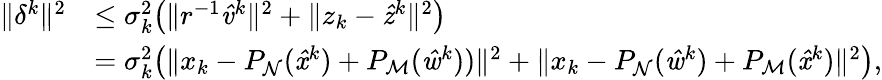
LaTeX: \begin{array}{rl}{\| \delta^{k}\| ^{2}}&{\leq\sigma_{k}^{2}\big(\| r^{-1}\mathit{\hat{v}}^{k}\| ^{2}+\| z_{k}-\mathit{\hat{z}}^{k}\| ^{2}\big)}\\ &{=\sigma_{k}^{2}\big(\| x_{k}-P_{\mathrm{\mathcal{N}}}(\mathit{\hat{x}}^{k})+P_{\mathrm{\mathcal{M}}}(\mathit{\hat{w}}^{k}))\| ^{2}+\| x_{k}-P_{\mathrm{\mathcal{N}}}(\mathit{\hat{w}}^{k})+P_{\mathrm{\mathcal{M}}}(\mathit{\hat{x}}^{k})\| ^{2}\big),}\end{array}